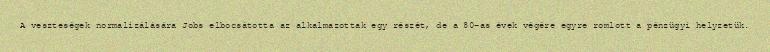
A veszteségek normalizálására Jobs elbocsátotta az alkalmazottak egy részét, de a 80-as évek végére egyre romlott a pénzügyi helyzetük.